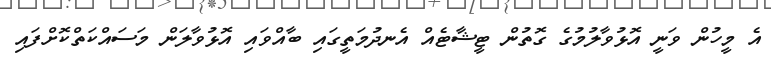
އެ މީހުން ވަނީ އޮޅުވާލުމުގެ ގޮތުން ޓީޝާޓެއް އެނދުމަތީގައި ބާއްވައި އޮޅުވާލަން މަސައްކަތްކޮށްފައި